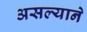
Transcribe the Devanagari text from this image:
असल्याने